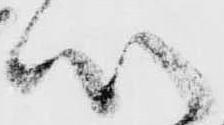
心